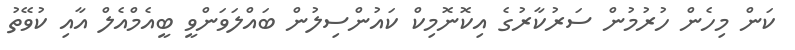
ކަން މިހެން ހުރުމުން ސަރުކާރުގެ އިކޮނޮމިކް ކައުންސިލުން ބައްލަވަންވީ ބީއެމްއެލް އާއި ކުވޭތު